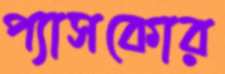
প্যাসকোর